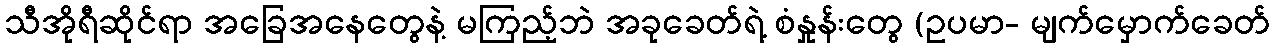
သီအိုရီဆိုင်ရာ အခြေအနေတွေနဲ့ မကြည့်ဘဲ အခုခေတ်ရဲ့ စံနှုန်းတွေ (ဥပမာ- မျက်မှောက်ခေတ်